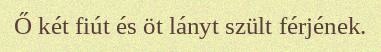
Ő két fiút és öt lányt szült férjének.